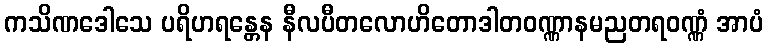
ကသိဏဒေါသေ ပရိဟရန္တေန နီလပီတလောဟိတောဒါတဝဏ္ဏာနမညတရဝဏ္ဏံ အာပံ